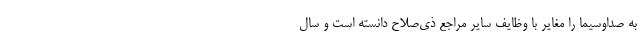
به صداوسیما را مغایر با وظایف سایر مراجع ذی‌صلاح دانسته است و سال